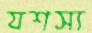
যশস্য